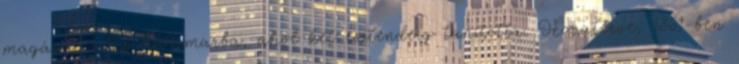
magával vitte Weimarba, ahol két esztendeig tanította. Hazatérve, 1861-ben